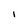
Character: I